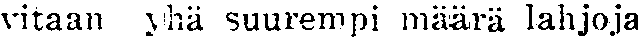
vitaan yhä suurempi määrä lahjoja